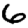
Digit: 6